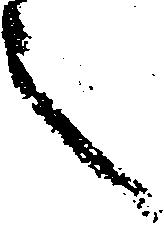
之